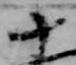
十